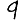
Digit: 9